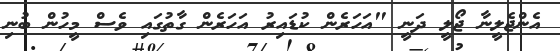
އެންޖެލީނާ ޖޯލީ ދަނީ "އަހަރެން ކުޑައިރު އަހަރެން ގާތުގައި ވެސް މީހުން ބުނި